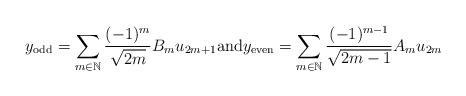
LaTeX: \begin{align*}y_{\rm odd} = \sum_{m \in \mathbb{N}} \frac{(-1)^m}{\sqrt{2m}} B_m u_{2m+1} {\rm and} y_{\rm even} = \sum_{m \in \mathbb{N}} \frac{(-1)^{m-1}}{\sqrt{2m-1}} A_m u_{2m}\end{align*}